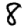
Digit: 8